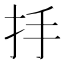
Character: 抙